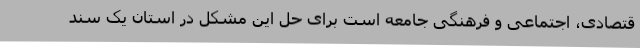
قتصادی، اجتماعی و فرهنگی جامعه است برای حل این مشکل در استان یک سند